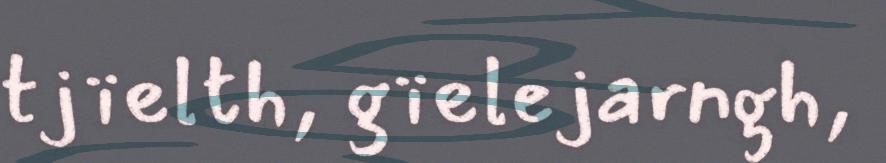
tjïelth, gïelejarngh,